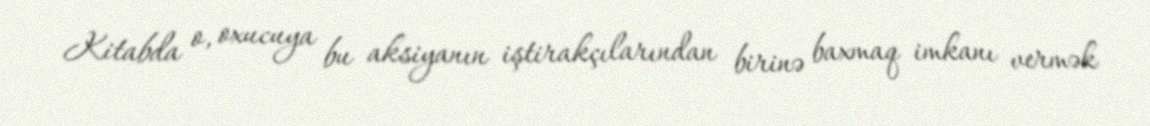
Kitabda o, oxucuya bu aksiyanın iştirakçılarından birinə baxmaq imkanı vermək